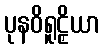
ပုနဝိရူဠှိယာ